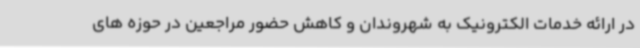
در ارائه خدمات الکترونیک به شهروندان و کاهش حضور مراجعین در حوزه های